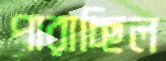
পারাচ্ছিল